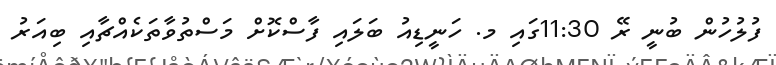
ފުލުހުން ބުނީ ރޭ 11:30ގައި މ. ހަނީޑިއު ބަލައި ފާސްކޮށް މަސްތުވާތަކެއްޗާއި ބިއަރު